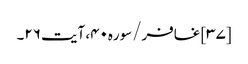
[۳۷] غافر/سوره۴۰، آیت ۲۶۔